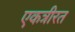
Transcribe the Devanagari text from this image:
एकत्रीरत